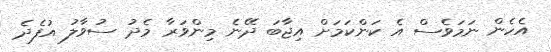
އެހެން ނަމަވެސް އެ ކަންކަމަށް އިޖާބަ ދޭނެ މިންވަރާ މެދު ސުވާލު އުފެދެ